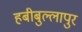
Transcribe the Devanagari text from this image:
हबीबुल्लापुर